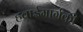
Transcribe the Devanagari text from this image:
हवाईमार्गकी